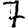
Digit: 7